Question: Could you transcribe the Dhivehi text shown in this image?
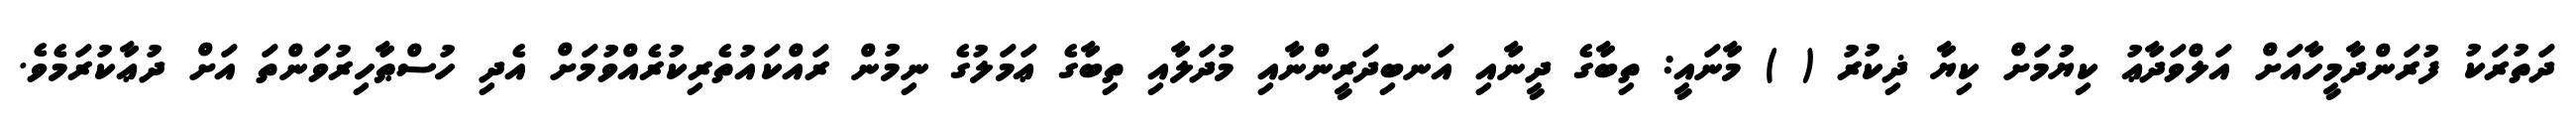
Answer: ދަތުރަކު ފުރަންދާމީހާއަށް އަލްވަދާޢު ކިޔުމަށް ކިޔާ ޛިކުރު ( ) މާނައީ: ތިބާގެ ދީނާއި އަނބިދަރީންނާއި މުދަލާއި ތިބާގެ ޢަމަލުގެ ނިމުން ރައްކައުތެރިކުރެއްވުމަށް އެދި ހުސްޠާހިރުވަންތަ އަށް ދުޢާކުރަމެވެ.